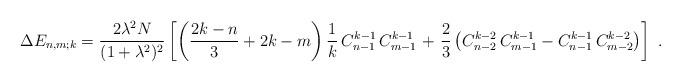
LaTeX: \begin{align*}\Delta E_{n,m;k}=\frac{2 \lambda^2 N}{(1+\lambda^2)^2}\left [ \left (\frac{2k-n}{3}+2k-m\right ) \frac{1}{k}\, C_{n-1}^{k-1}\, C_{m-1}^{k-1}\right .+\left .\frac{2}{3} \left ( C_{n-2}^{k-2}\, C_{m-1}^{k-1}- C_{n-1}^{k-1}\, C_{m-2}^{k-2}\right ) \right ]\ .\end{align*}